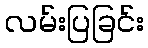
လမ်းပြခြင်း